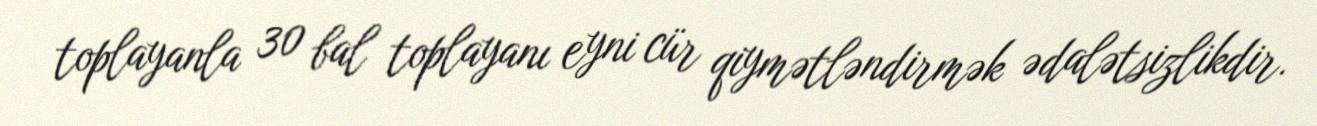
toplayanla 30 bal toplayanı eyni cür qiymətləndirmək ədalətsizlikdir.